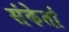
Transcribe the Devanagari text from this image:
संकेतां